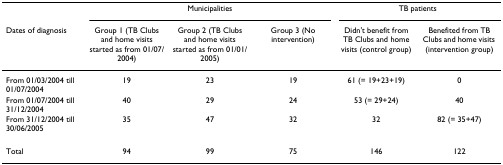
<table><thead><tr><td></td><td colspan="3"><b>Municipalities</b></td><td colspan="2"><b>TB patients</b></td></tr><tr><td><b>Dates of diagnosis</b></td><td><b>Group 1 (TB Clubs and home visits started as from 01/07/2004)</b></td><td><b>Group 2 (TB Clubs and home visits started as from 01/01/2005)</b></td><td><b>Group 3 (No intervention)</b></td><td><b>Didn&#x27;t benefit from TB Clubs and home visits (control group)</b></td><td><b>Benefited from TB Clubs and home visits (intervention group)</b></td></tr></thead><tbody><tr><td>From 01/03/2004 till 01/07/2004</td><td>19</td><td>23</td><td>19</td><td>61 (= 19+23+19)</td><td>0</td></tr><tr><td>From 01/07/2004 till 31/12/2004</td><td>40</td><td>29</td><td>24</td><td>53 (= 29+24)</td><td>40</td></tr><tr><td>From 31/12/2004 till 30/06/2005</td><td>35</td><td>47</td><td>32</td><td>32</td><td>82 (= 35+47)</td></tr><tr><td>Total</td><td>94</td><td>99</td><td>75</td><td>146</td><td>122</td></tr></tbody></table>